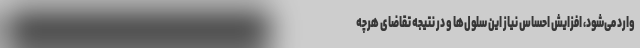
وارد می‌شود، افزایش احساس نیاز این سلول‌ها و در نتیجه تقاضای هرچه